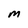
Character: M